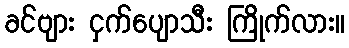
ခင်ဗျား ငှက်ပျောသီး ကြိုက်လား။